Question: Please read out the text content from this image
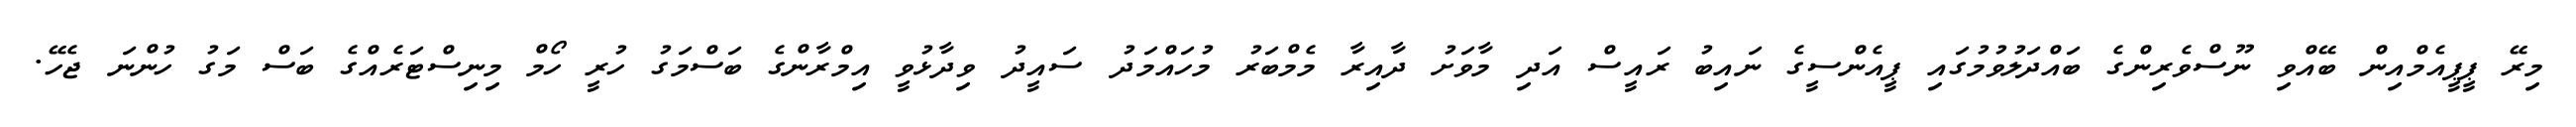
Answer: މިރޭ ޕީޕީއެމްއިން ބޭއްވި ނޫސްވެރިންގެ ބައްދަލުވުމުގައި ޕީއެންސީގެ ނައިބު ރައީސް އަދި މާވަށު ދާއިރާ މެމްބަރު މުހައްމަދު ސައީދު ވިދާޅުވީ އިމްރާންގެ ބަސްމަގު ހުރީ ހޯމް މިނިސްޓަރެއްގެ ބަސް މަގު ހުންނަ ޖެހޭ.